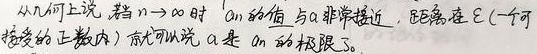
从几何上说，若\(n \to \infty\)时\(a_{n}\)的值与\(a\)非常接近，距离在\(\varepsilon\)（一个可接受的正数内），就可以说\(a\)是\(a_{n}\)的极限了。